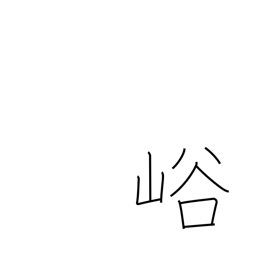
Meaning: ravine